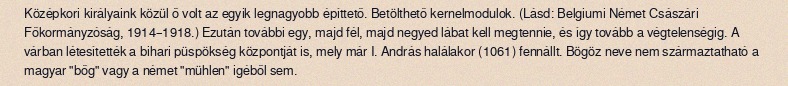
Középkori királyaink közül ő volt az egyik legnagyobb építtető. Betölthető kernelmodulok. (Lásd: Belgiumi Német Császári Főkormányzóság, 1914–1918.) Ezután további egy, majd fél, majd negyed lábat kell megtennie, és így tovább a végtelenségig. A várban létesítették a bihari püspökség központját is, mely már I. András halálakor (1061) fennállt. Bögöz neve nem származtatható a magyar "bőg" vagy a német "mühlen" igéből sem.